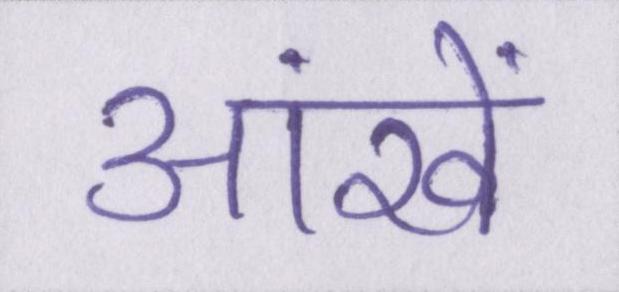
आंखें